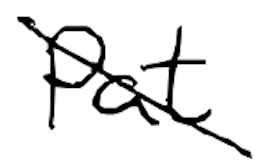
Text: Pat
Cross-out: diagonal
Writing tool: digital_black